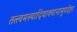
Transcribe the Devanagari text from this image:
तत्त्वमस्यादिवाक्यानामुपदेष्टा